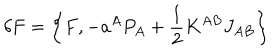
LaTeX: \delta F = \left\{ F , - a ^ { A } P _ { A } + \frac 1 2 K ^ { A B } J _ { A B } \right\}